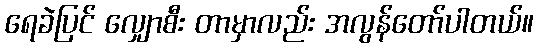
ရေခဲပြင် လျှောစီး တာမှာလည်း အလွန်တော်ပါတယ်။